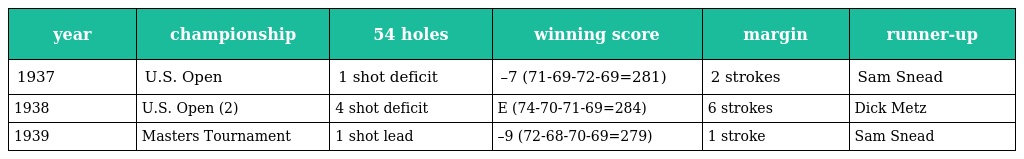
| year | championship | 54 holes | winning score | margin | runner-up |
 | --- | --- | --- | --- | --- | --- |
 | 1937 | U.S. Open | 1 shot deficit | –7 (71-69-72-69=281) | 2 strokes | Sam Snead |
 | 1938 | U.S. Open (2) | 4 shot deficit | E (74-70-71-69=284) | 6 strokes | Dick Metz |
 | 1939 | Masters Tournament | 1 shot lead | –9 (72-68-70-69=279) | 1 stroke | Sam Snead |